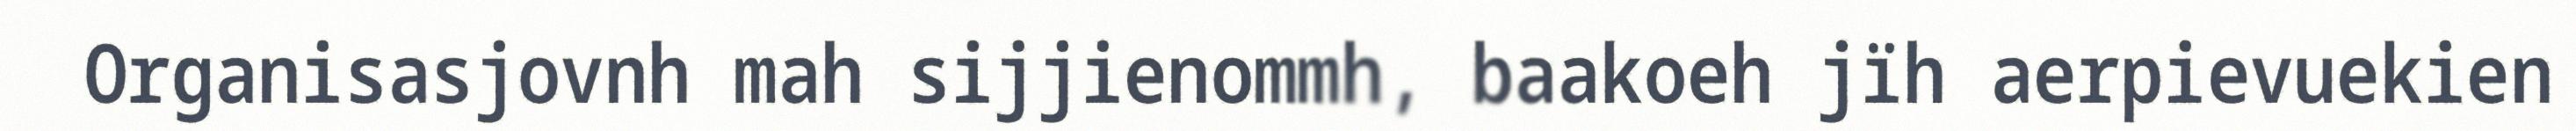
Organisasjovnh mah sijjienommh, baakoeh jïh aerpievuekien